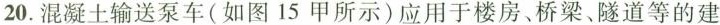
20.混凝土输送泵车(如图15甲所示)应用于楼房、桥梁、隧道等的建